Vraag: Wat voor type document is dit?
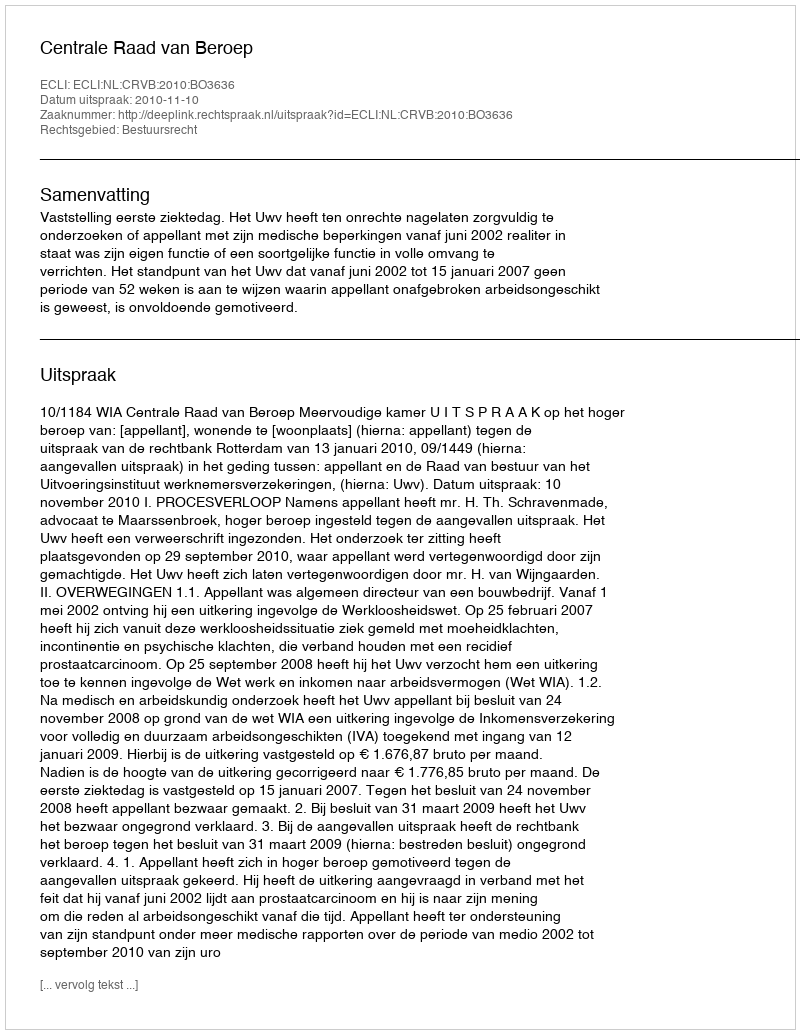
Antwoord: Uitspraak